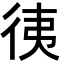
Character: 𢓡